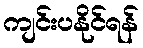
ကျင်းပနိုင်ရန်